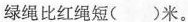
绿绳比红绳短()米。